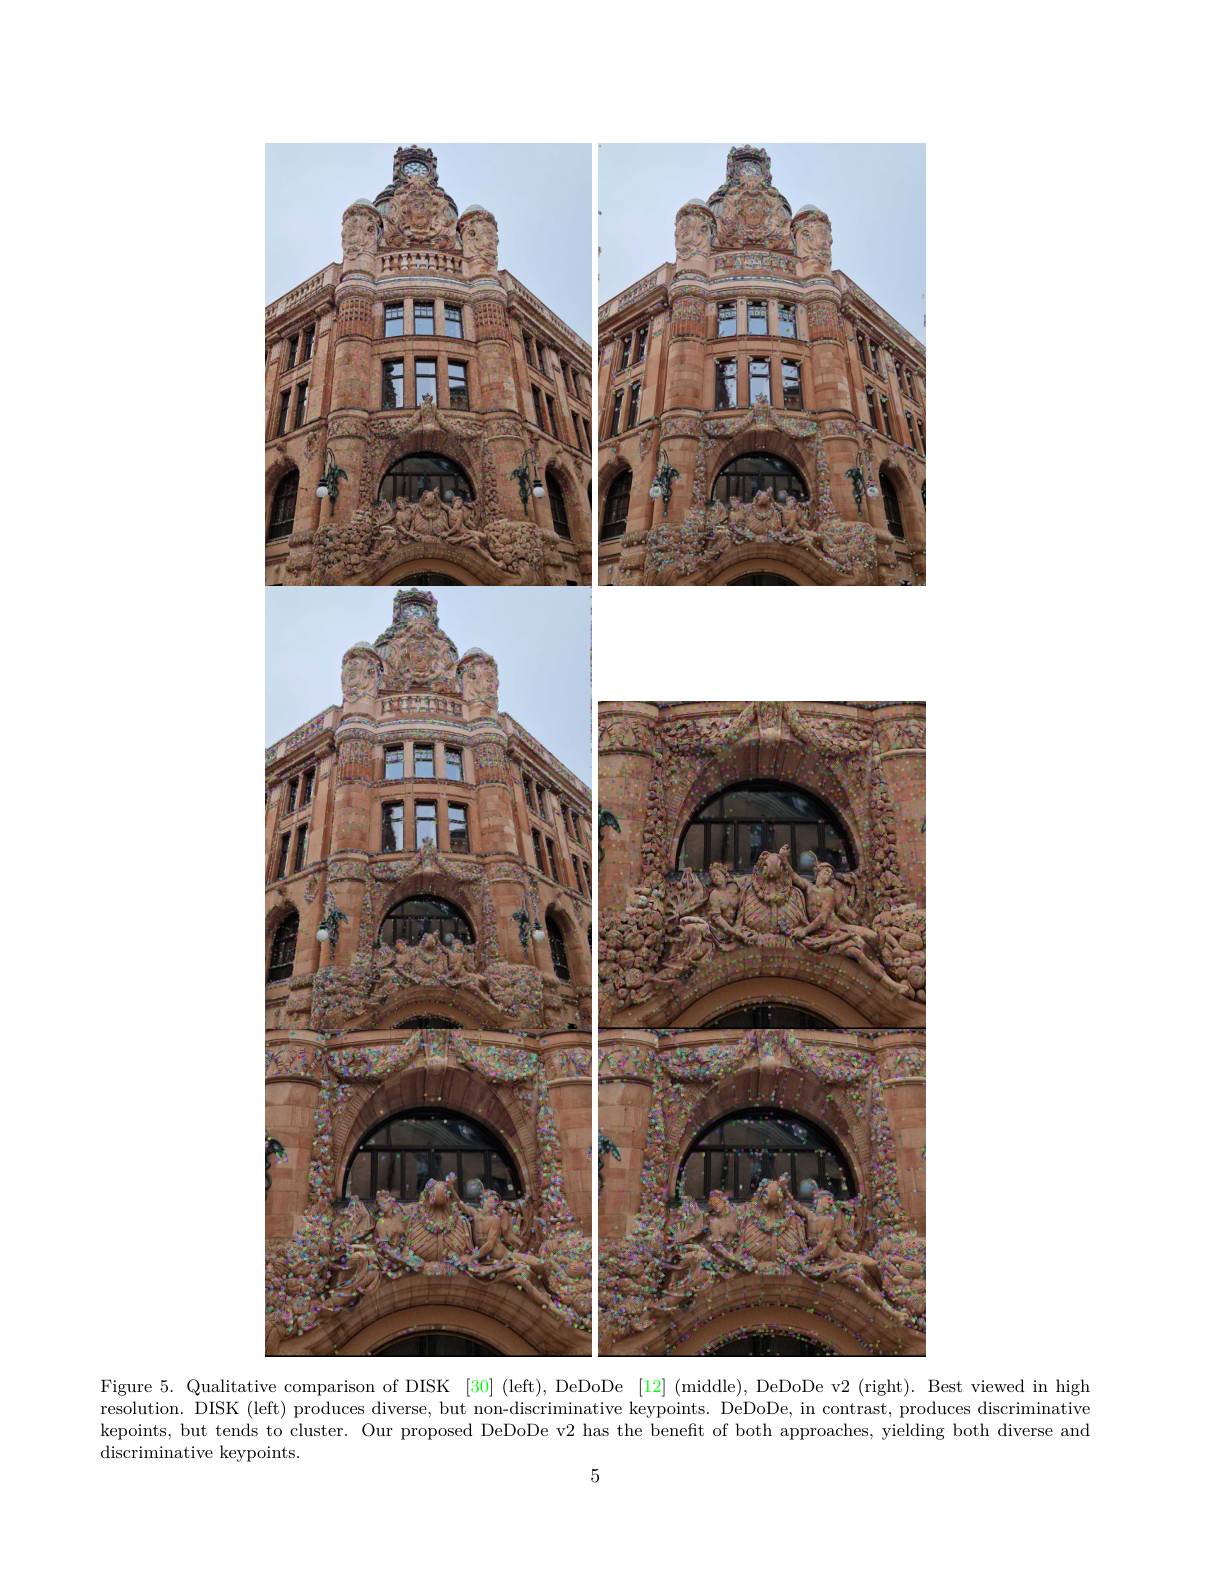
<FigureHere>

Figure 5. Qualitative
Best viewed in high
resolution. DISK (left) produces diverse, but non-discriminative keypoints. DeDoDe, in contrast, produces discriminative

kepoints, but tends to cluster. Our proposed DeDoDe v2 has the beneft of both approaches, yielding both diverse and
discriminative keypoints.

5